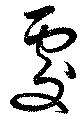
處